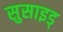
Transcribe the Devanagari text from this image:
सुसाइड्